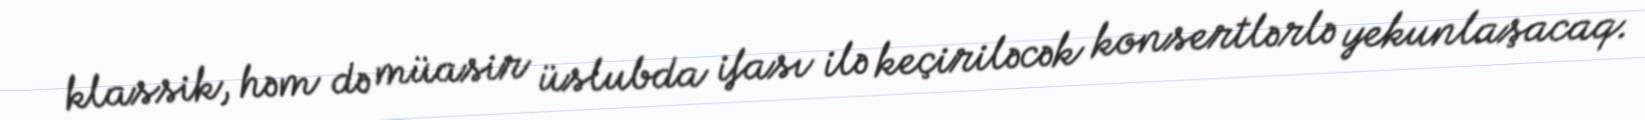
klassik, həm də müasir üslubda ifası ilə keçiriləcək konsertlərlə yekunlaşacaq.